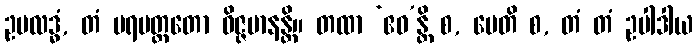
ဥပလဒ္ဓံ, တံ ပရမတ္ထတော ဝိဇ္ဇမာနန္တိ။ တထာ ‘ဧဝ’န္တိ စ, မေတိ စ, တံ တံ ဥပါဒါယ